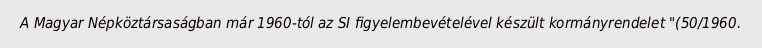
A Magyar Népköztársaságban már 1960-tól az SI figyelembevételével készült kormányrendelet "(50/1960.